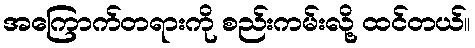
အကြောက်တရားကို စည်းကမ်းလို့ ထင်တယ်။